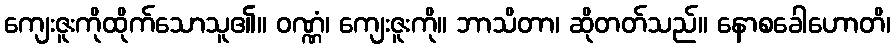
ကျေးဇူးကိုထိုက်သောသူ၏။ ဝဏ္ဏံ၊ ကျေးဇူးကို။ ဘာသိတာ၊ ဆိုတတ်သည်။ နောစခေါဟောတိ၊